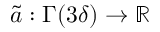
\tilde { a } : \Gamma ( 3 \delta ) \to \ensuremath { \mathbb { R } }